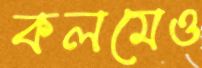
কলমেও